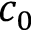
c _ { 0 }